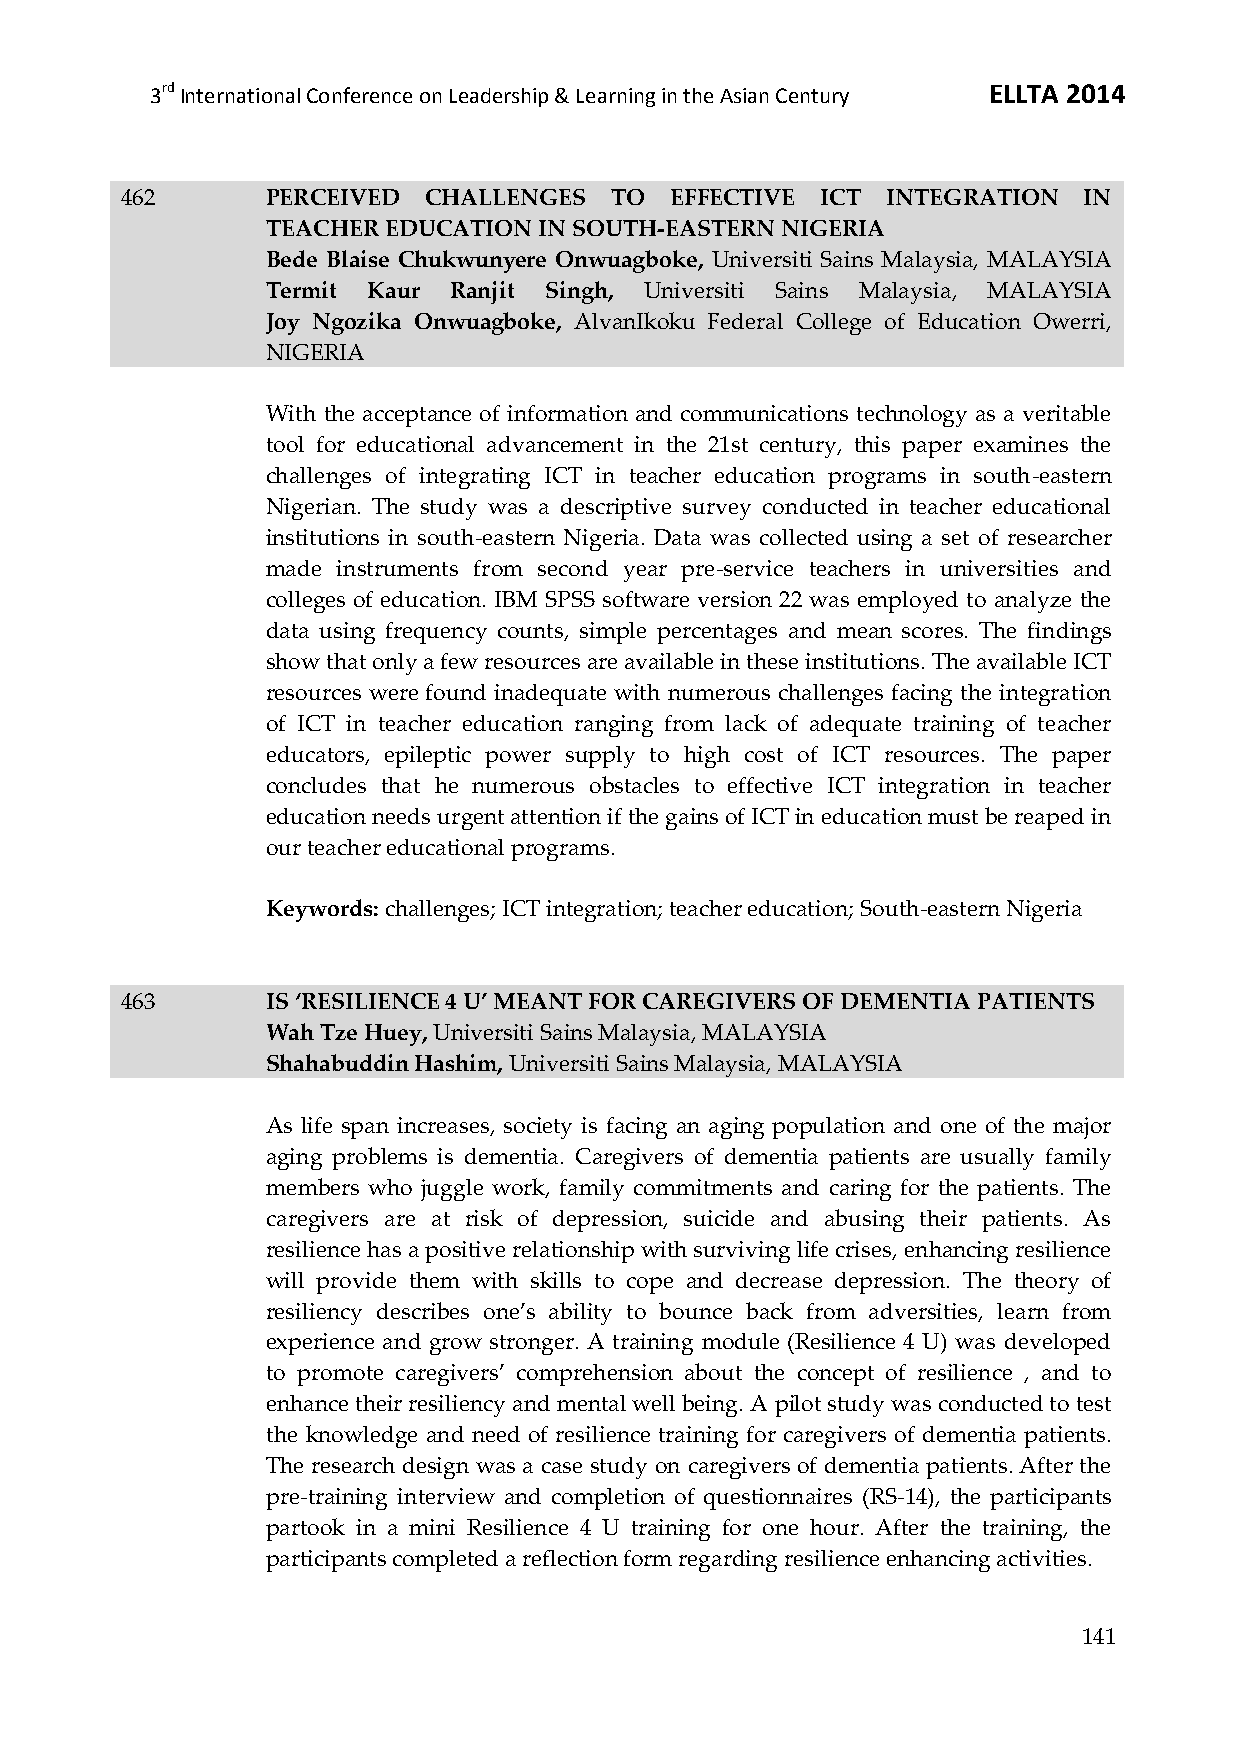
3rd International Conference on Leadership & Learning in the Asian Century ELLTA 2014
 462       PERCEIVED CHALLENGES  TO  EFFECTIVE ICT  INTEGRATION  IN
 TEACHER EDUCATION IN SOUTH-EASTERN NIGERIA
 Bede Blaise Chukwunyere Onwuagboke, Universiti Sains Malaysia, MALAYSIA
 Termit Kaur Ranjit Singh, Universiti Sains Malaysia, MALAYSIA
 Joy Ngozika Onwuagboke, AlvanIkoku Federal College of Education Owerri,
 NIGERIA
 With the acceptance of information and communications technology as a veritable
 tool for educational advancement in the 21st century, this paper examines the
 challenges of integrating ICT in teacher education programs in south-eastern
 Nigerian. The study was a descriptive survey conducted in teacher educational
 institutions in south-eastern Nigeria. Data was collected using a set of researcher
 made instruments from second year pre-service teachers in universities and
 colleges of education. IBM SPSS software version 22 was employed to analyze the
 data using frequency counts, simple percentages and mean scores. The findings
 show that only a few resources are available in these institutions. The available ICT
 resources were found inadequate with numerous challenges facing the integration
 of ICT in teacher education ranging from lack of adequate training of teacher
 educators, epileptic power supply to high cost of ICT resources. The paper
 concludes that he numerous obstacles to effective ICT integration in teacher
 education needs urgent attention if the gains of ICT in education must be reaped in
 our teacher educational programs.
 Keywords: challenges; ICT integration; teacher education; South-eastern Nigeria
 463       IS ‘RESILIENCE 4 U’ MEANT FOR CAREGIVERS OF DEMENTIA PATIENTS
 Wah Tze Huey, Universiti Sains Malaysia, MALAYSIA
 Shahabuddin Hashim, Universiti Sains Malaysia, MALAYSIA
 As life span increases, society is facing an aging population and one of the major
 aging problems is dementia. Caregivers of dementia patients are usually family
 members who juggle work, family commitments and caring for the patients. The
 caregivers are at risk of depression, suicide and abusing their patients. As
 resilience has a positive relationship with surviving life crises, enhancing resilience
 will provide them with skills to cope and decrease depression. The theory of
 resiliency describes one’s ability to bounce back from adversities, learn from
 experience and grow stronger. A training module (Resilience 4 U) was developed
 to promote caregivers’ comprehension about the concept of resilience , and to
 enhance their resiliency and mental well being. A pilot study was conducted to test
 the knowledge and need of resilience training for caregivers of dementia patients.
 The research design was a case study on caregivers of dementia patients. After the
 pre-training interview and completion of questionnaires (RS-14), the participants
 partook in a mini Resilience 4 U training for one hour. After the training, the
 participants completed a reflection form regarding resilience enhancing activities.
 141